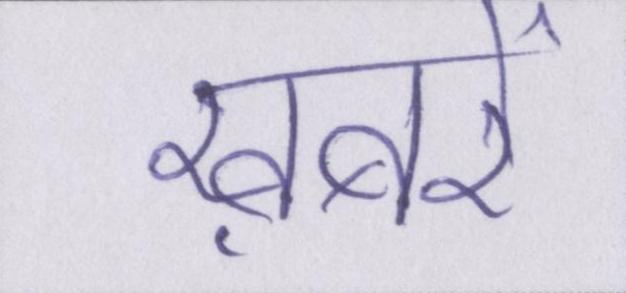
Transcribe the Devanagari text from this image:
ख़बरें